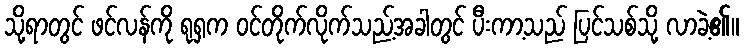
သို့ရာတွင် ဖင်လန်ကို ရုရှက ဝင်တိုက်လိုက်သည့်အခါတွင် ပီးကာ့သည် ပြင်သစ်သို့ လာခဲ့၏။